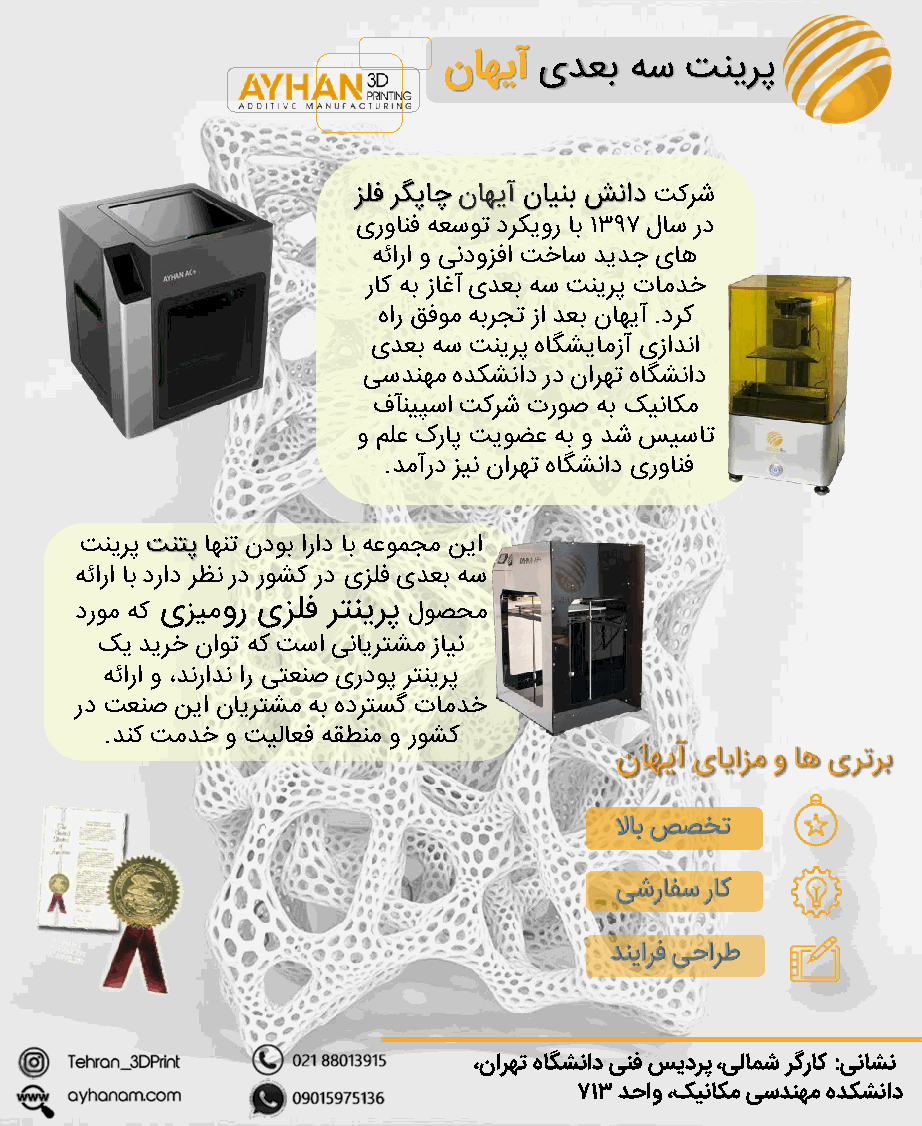
ناهیآ  یدعب  هس تنیرپ
 زلف رگپاچ ناهیآ ناینب شناد تکرش
 یروانف هعسوت درکیور اب 1397 لاس رد
 هئارا و یندوزفا تخاس دیدج یاه
 راک هب زاغآ یدعب هس تنیرپ تامدخ
 هار قفوم هبرجت زا دعب ناهیآ.درک
 یدعب هس تنیرپ هاگشیامزآ یزادنا
 یسدنهم هدکشناد رد نارهت هاگشناد
 فآنیپسا تکرش تروص هب کیناکم
 و ملع کراپ تیوضع هب و دش سیسات
 .دمآرد زین نارهت هاگشناد یروانف
 تنیرپ تنتپ اهنت ندوب اراد اب هعومجم نیا
 هئارا اب دراد رظن رد روشک رد یزلف یدعب هس
 دروم هک یزیمور یزلف رتنیرپ لوصحم
 کی دیرخ ناوت هک تسا ینایرتشم زاین
 هئارا و ،دنرادن ار یتعنص یردوپ رتنیرپ
 رد تعنص نیا نایرتشم هب هدرتسگ تامدخ
 .دنک تمدخ و تیلاعف هقطنم و روشک
 ،نارهت هاگشناد ینف سیدرپ ،یلامش رگراک :یناشن
 713 دحاو ،کیناکم یسدنهم هدکشناد